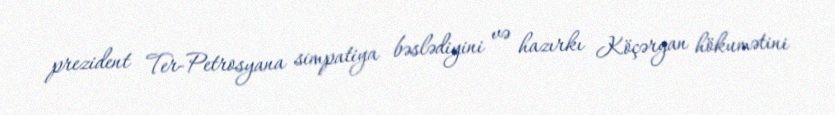
prezident Ter-Petrosyana simpatiya bəslədiyini və hazırkı Köçəryan hökumətini